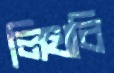
লিখবি